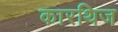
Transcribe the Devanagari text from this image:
कारथिज